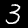
Label: 3